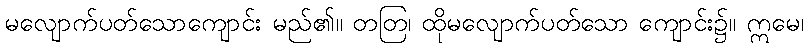
မလျောက်ပတ်သောကျောင်း မည်၏။ တတြ၊ ထိုမလျောက်ပတ်သော ကျောင်း၌။ ဣမေ၊